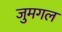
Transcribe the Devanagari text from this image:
जुमगल